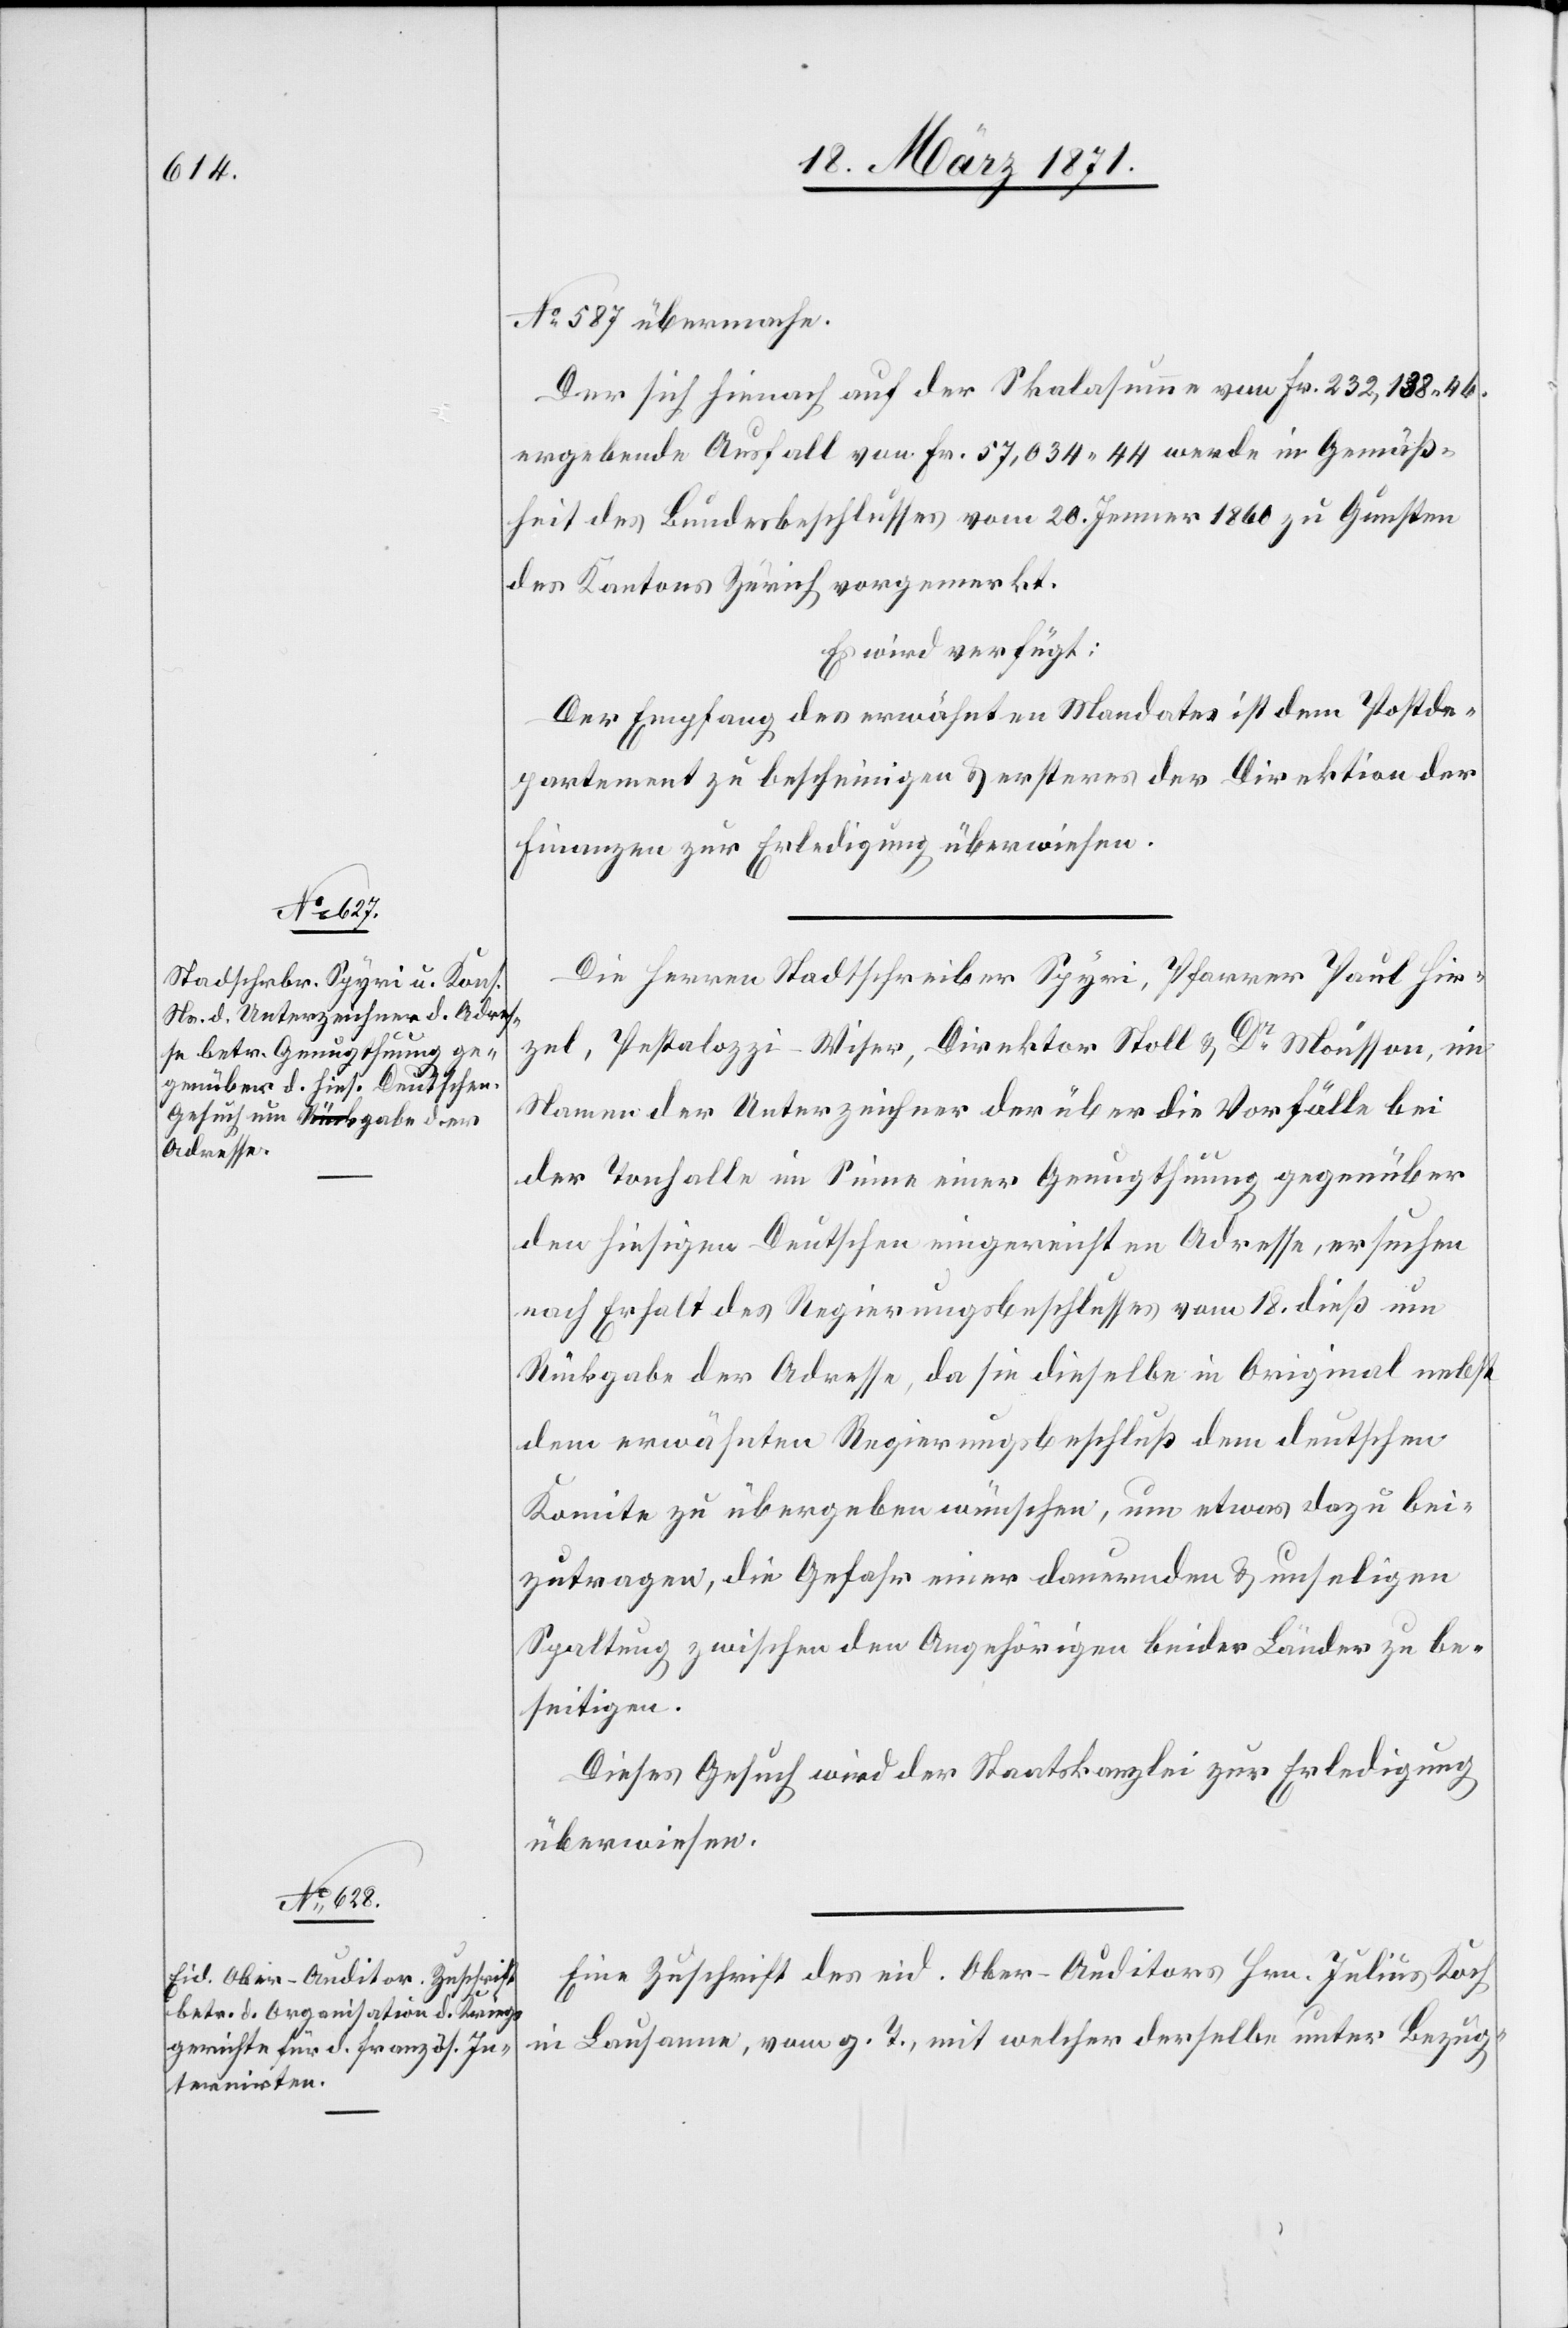
22. März 1871.]
No. 587 übermache.
Der sich hienach auf der Skalasumme von Fr. 232,138.46.
ergebende Ausfall von Fr. 57,034.44 werde in Gemäß¬
heit des Bundesbeschlusses vom 20. Jenner 1860 zu Gunsten
des Kantons Zürich vorgemerkt.
Es wird verfügt:
Der Empfang des erwähnten Mandates ist dem Postde¬
partement zu bescheinigen u. ersteres der Direktion der
Finanzen zur Erledigung überwiesen.
Die Herren Stadtschreiben Spyri, Pfarrer Paul Hir¬
zel, Pestalozzi-Wiser, Direktor Stoll u. Dr. Mousson, im
Namen der Unterzeichner der über die Vorfälle bei
der Tonhalle im Sinne einer Genugthuung gegenüber
den hiesigen Deutschen eingereichten Adresse, ersuchen
nach Erhalt des Regierungsbeschlusses vom 18. dieß um
Rückgabe der Adresse, da sie dieselbe im Original nebst
dem erwähnten Regierungsbeschluß dem deutschen
Komite zu übergeben wünschen, um etwas dazu bei¬
zutragen, die Gefahr einer dauernden u. unseligen
Spaltung zwischen den Angehörigen beider Länder zu be¬
seitigen.
Dieses Gesuch wird der Staatskanzlei zur Erledigung
überwiesen.
Eine Zuschrift des eid. Ober-Auditors Hrn. Julius Koch
in Lausanne, vom g. T., mit welcher derselbe unter Bezug-